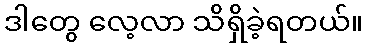
ဒါတွေ လေ့လာ သိရှိခဲ့ရတယ်။